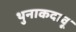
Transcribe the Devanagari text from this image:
थुनाकदावू